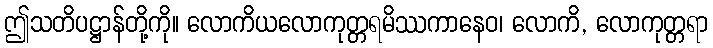
ဤသတိပဋ္ဌာန်တို့ကို။ လောကိယလောကုတ္တရမိဿကာနေဝ၊ လောကိ, လောကုတ္တရာ